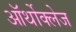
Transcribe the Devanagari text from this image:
ऑर्थोक्लेज